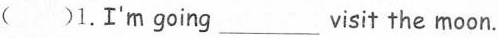
( )1.I'm going______ visit the moon.